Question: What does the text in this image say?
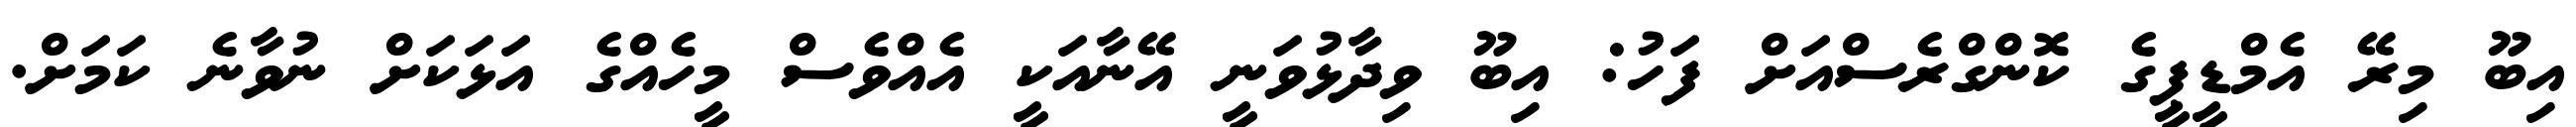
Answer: އިބޫ މިރޭ އެމްޑީޕީގެ ކޮންގްރެސްއަށް ފަހު: އިބޫ ވިދާޅުވަނީ އޭނާއަކީ އެއްވެސް މީހެއްގެ އަޅަކަށް ނުވާނެ ކަމަށް.